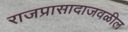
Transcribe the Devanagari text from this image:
राजप्रासादाजवळील